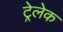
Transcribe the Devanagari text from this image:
ट्रेलेक